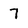
Character: 7